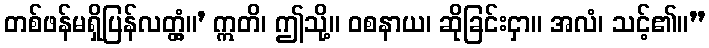
တစ်ဖန်မရှိပြန်လတ္တံ့။’ ဣတိ၊ ဤသို့။ ဝစနာယ၊ ဆိုခြင်းငှာ။ အလံ၊ သင့်၏။”